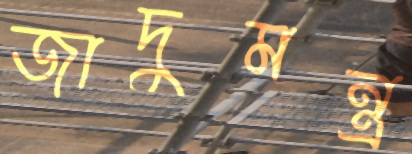
জাদুমন্ত্র